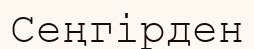
Сеңгірден